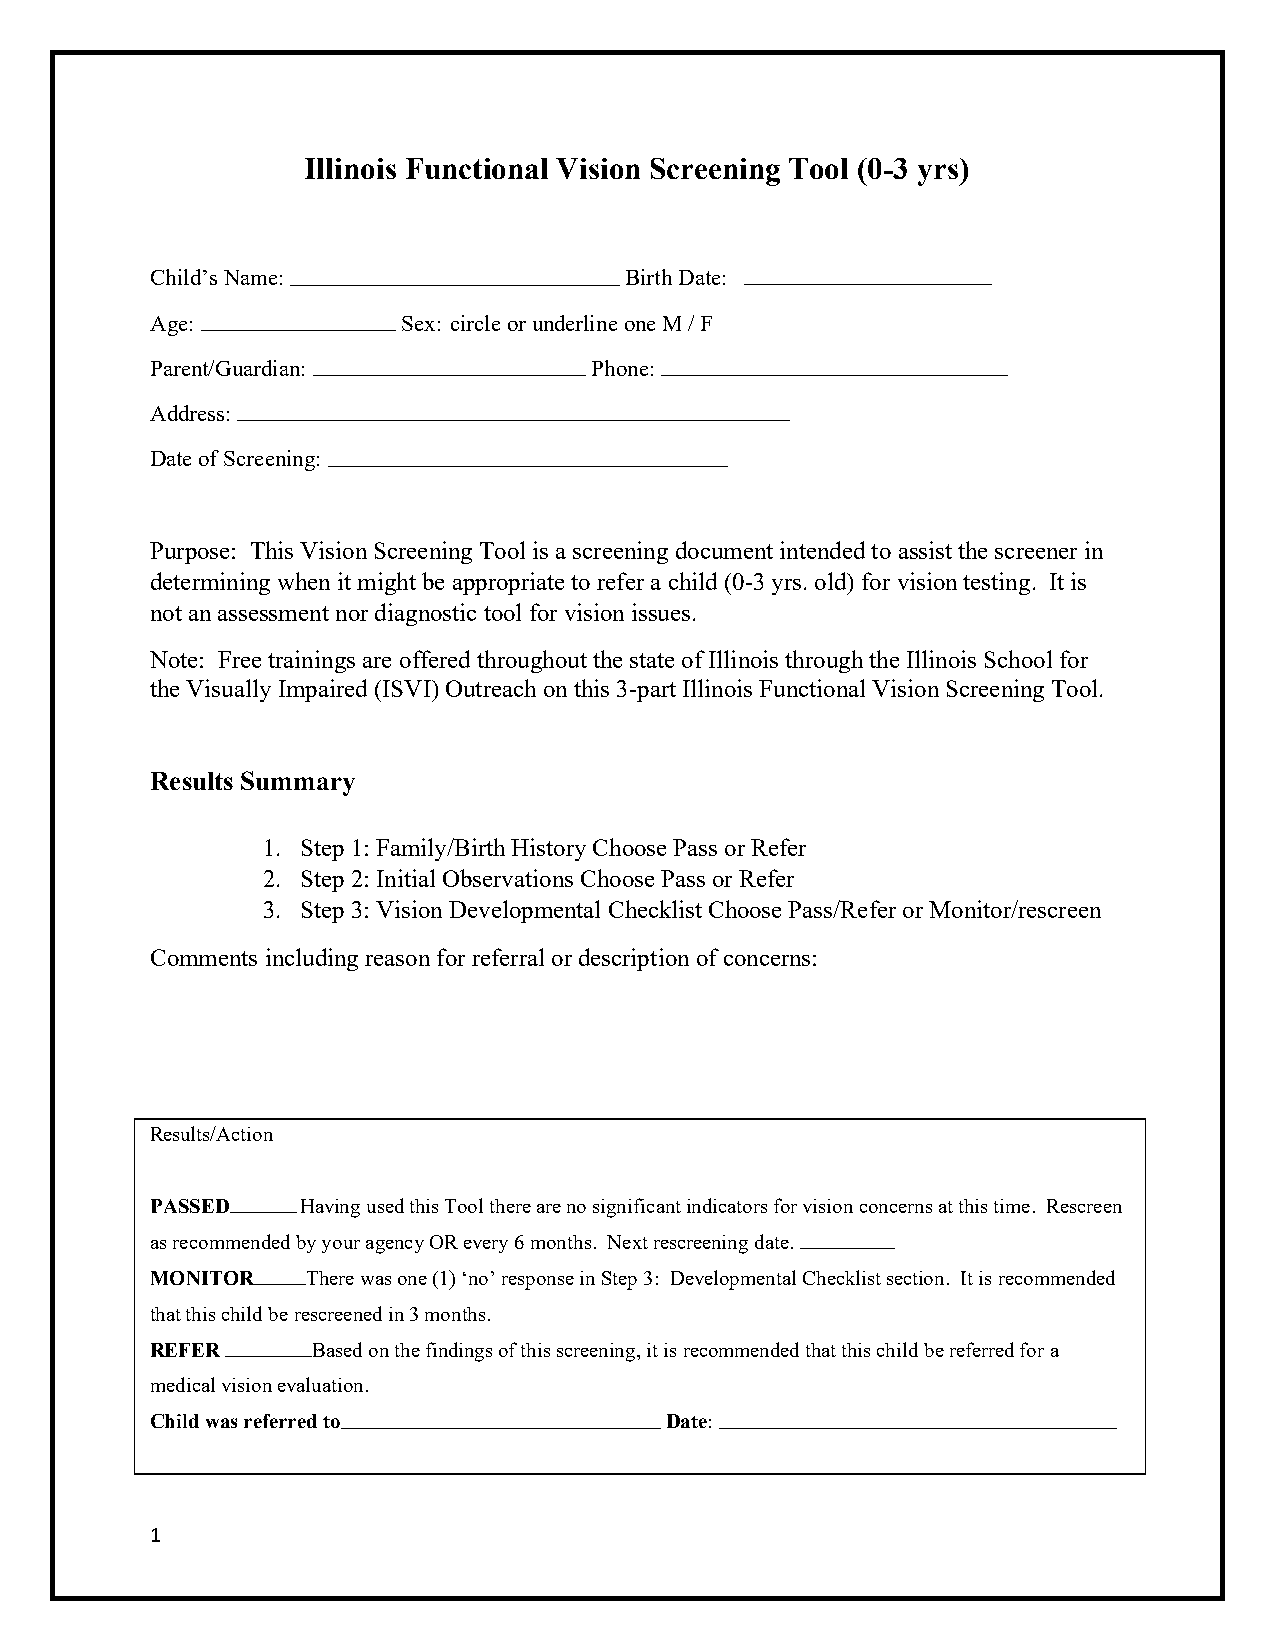
Illinois Functional Vision Screening Tool (0-3 yrs)
 Child’s Name:                  Birth Date:
 Age:             Sex: circle or underline one M / F
 Parent/Guardian:             Phone:
 Address:
 Date of Screening:
 Purpose: This Vision Screening Tool is a screening document intended to assist the screener in
 determining when it might be appropriate to refer a child (0-3 yrs. old) for vision testing. It is
 not an assessment nor diagnostic tool for vision issues.
 Note: Free trainings are offered throughout the state of Illinois through the Illinois School for
 the Visually Impaired (ISVI) Outreach on this 3-part Illinois Functional Vision Screening Tool.
 Results Summary
 1. Step 1: Family/Birth History Choose Pass or Refer
 2. Step 2: Initial Observations Choose Pass or Refer
 3. Step 3: Vision Developmental Checklist Choose Pass/Refer or Monitor/rescreen
 Comments including reason for referral or description of concerns:
 Results/Action
 PASSED    Having used this Tool there are no significant indicators for vision concerns at this time. Rescreen
 as recommended by your agency OR every 6 months. Next rescreening date.
 MONITOR   There was one (1) ‘no’ response in Step 3: Developmental Checklist section. It is recommended
 that this child be rescreened in 3 months.
 REFER      Based on the findings of this screening, it is recommended that this child be referred for a
 medical vision evaluation.
 Child was referred to             Date:
 1